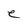
Character: e